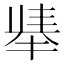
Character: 𫽛